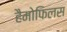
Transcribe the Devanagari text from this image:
हैमोफिलस